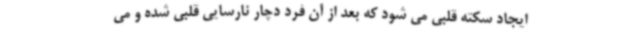
ایجاد سکته قلبی می شود که بعد از آن فرد دچار نارسایی قلبی شده و می